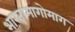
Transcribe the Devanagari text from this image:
भारतामागोमाग